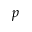
p